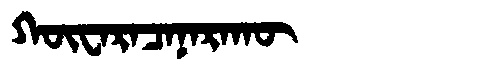
Manchu: ᡴᡡᠸᠠᡵᠠᠴᠠᠨᠠᡵᠠᡴᡡ
Romanization: KŪWARACANARAKŪ